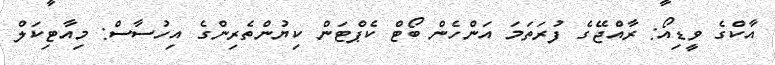
އާކްގެ ވީޑިއޯ: ރާއްޖޭގެ ފުރަތަމަ އަންހެން ބޯޓް ކެޕްޓަން ކިޔުންތެރިންގެ އިހުސާސް: މިއާޓިކަލް